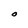
Character: O